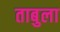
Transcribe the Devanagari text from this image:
ताबुला